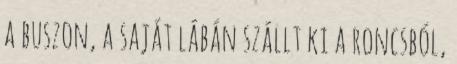
a buszon, a saját lábán szállt ki a roncsból,